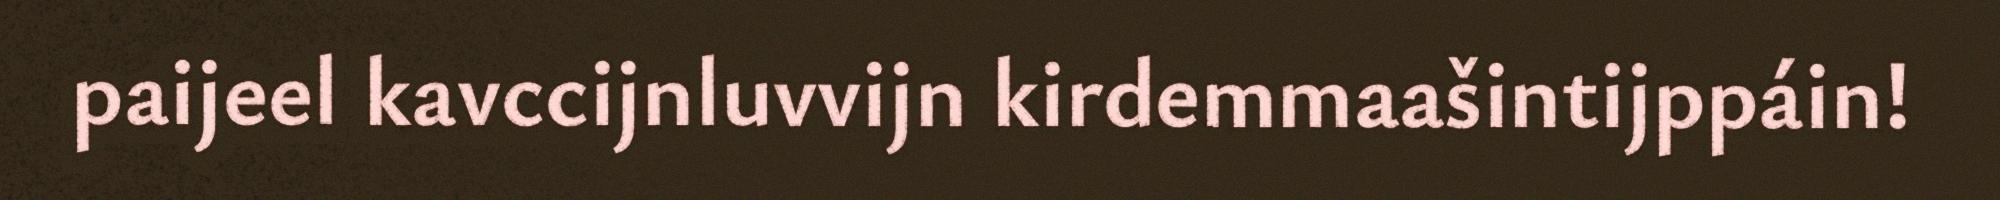
paijeel kavccijnluvvijn kirdemmaašintijppáin!